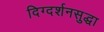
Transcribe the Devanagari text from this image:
दिग्दर्शनसुद्धा